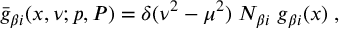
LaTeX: \bar { g } _ { \beta i } ( x , \nu ; p , P ) = \delta ( \nu ^ { 2 } - \mu ^ { 2 } ) \; N _ { \beta i } \; g _ { \beta i } ( x ) \; ,